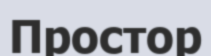
Простор